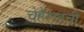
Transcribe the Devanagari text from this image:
चेहेऱ्याची